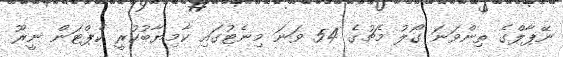
ނޭޕާލްގެ ތިންވަނަ ގޯލު މެޗުގެ 54 ވަނަ މިނެޓުގައި ކާމިޔާބުކުރީ ކެޕްޓަން ނީރޫ